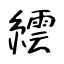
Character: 繧